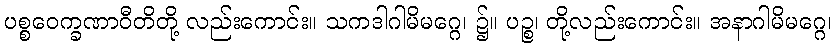
ပစ္စဝေက္ခဏာဝီတိတို့ လည်းကောင်း။ သကဒါဂါမိမဂ္ဂေ၊ ၌။ ပဉ္စ၊ တို့လည်းကောင်း။ အနာဂါမိမဂ္ဂေ၊